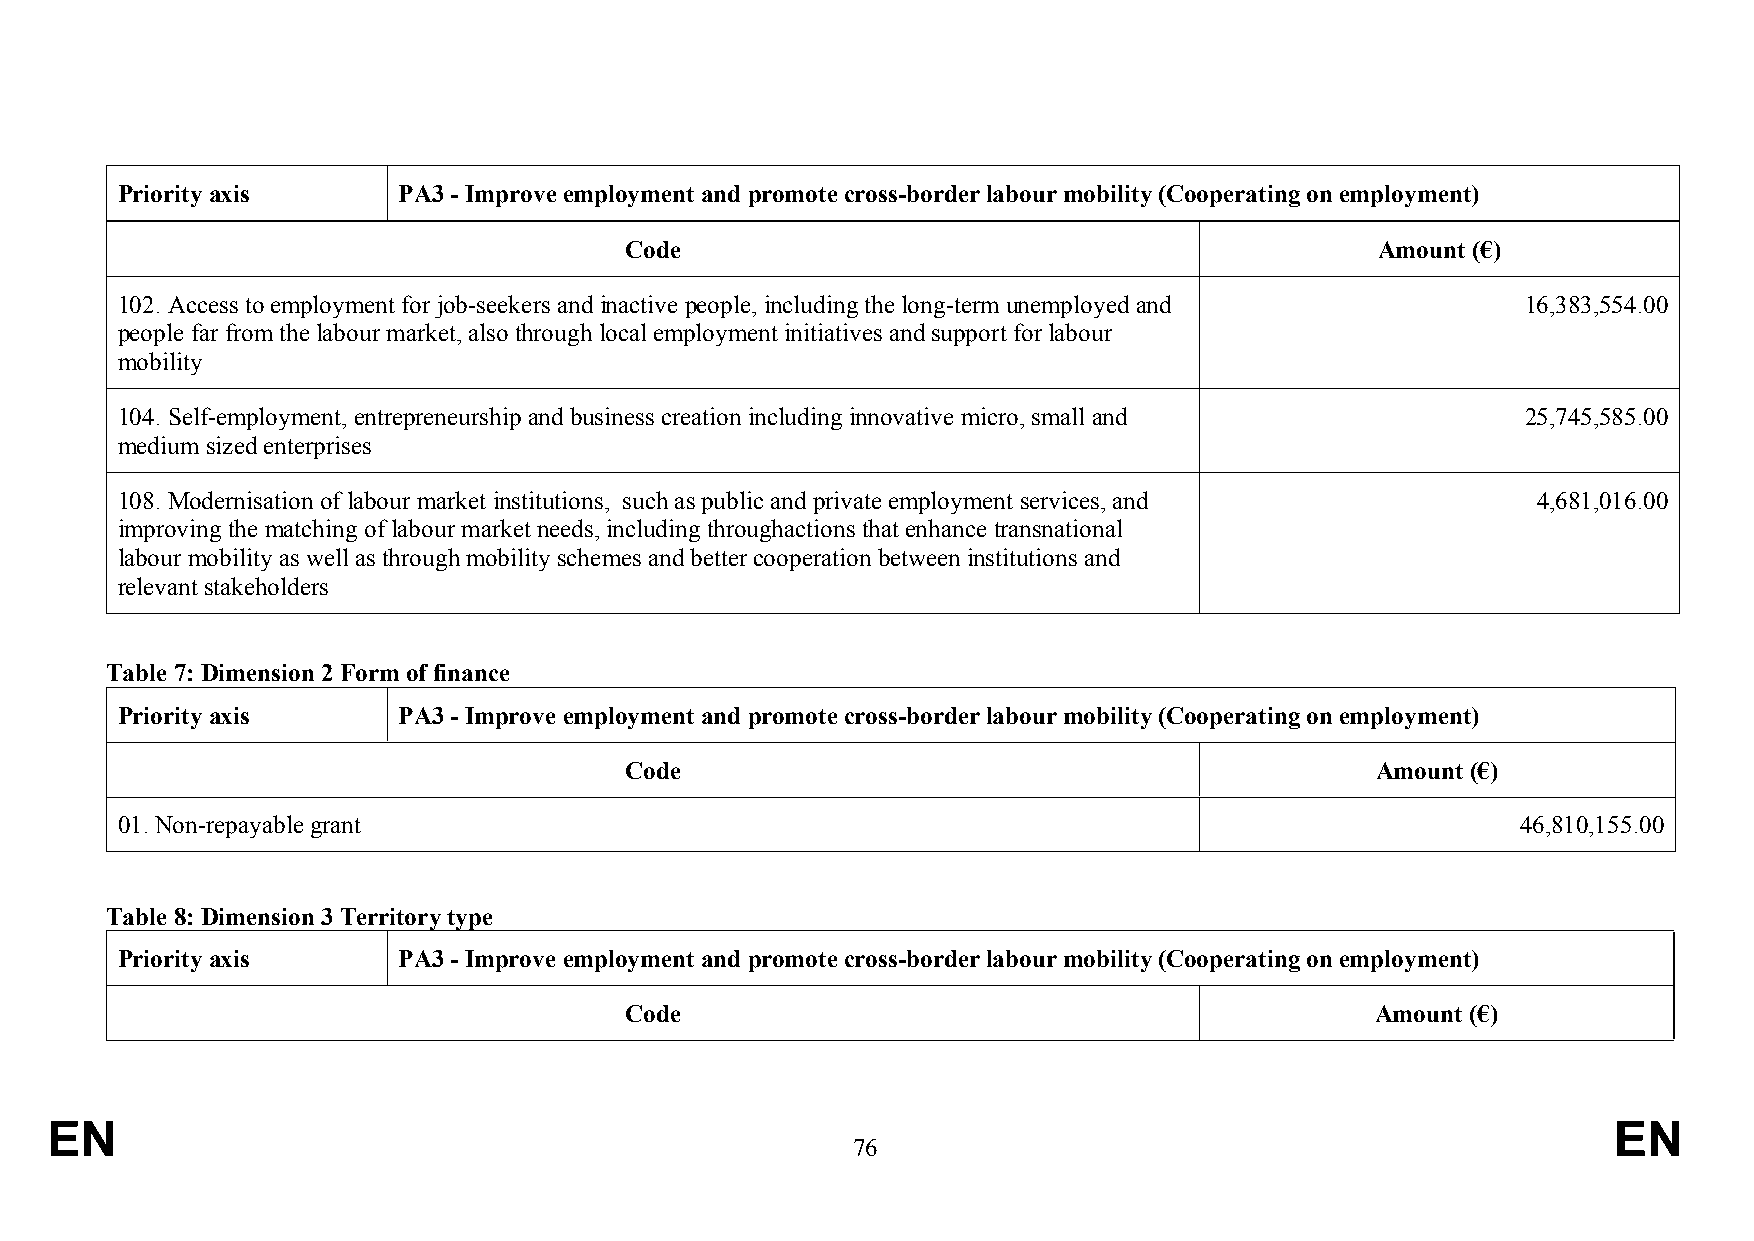
Priority axis     PA3 - Improve employment and promote cross-border labour mobility (Cooperating on employment)
 Code                                              Amount (€)
 102. Access to employment for job-seekers and inactive people, including the long-term unemployed and 16,383,554.00
 people far from the labour market, also through local employment initiatives and support for labour
 mobility
 104. Self-employment, entrepreneurship and business creation including innovative micro, small and 25,745,585.00
 medium sized enterprises
 108. Modernisation of labour market institutions, such as public and private employment services, and 4,681,016.00
 improving the matching of labour market needs, including throughactions that enhance transnational
 labour mobility as well as through mobility schemes and better cooperation between institutions and
 relevant stakeholders
 Table 7: Dimension 2 Form of finance
 Priority axis     PA3 - Improve employment and promote cross-border labour mobility (Cooperating on employment)
 Code                                              Amount (€)
 01. Non-repayable grant                                                                      46,810,155.00
 Table 8: Dimension 3 Territory type
 Priority axis     PA3 - Improve employment and promote cross-border labour mobility (Cooperating on employment)
 Code                                              Amount (€)
 EN                                                                                                      EN
 76